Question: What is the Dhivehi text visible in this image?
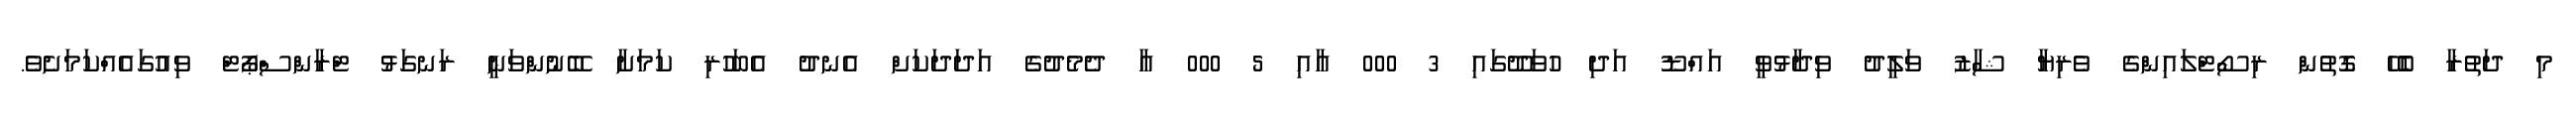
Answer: މި ދަތުރާ ބެހޭ ގޮތުން ރިސޯޓްލައިންގެ ވެރިޔާ ޝާޒު ވަލީދު ވިދާޅުވީ އައްޑޫ އަދި ހުވަދޫގައި 3 000 އާއި 5 000 އާ ދެމެދުގެ އަދަދަކަށް އެނދު އެބަހުރި ކަމަށާ ބޭނުންވަނީ ރަނގަޅު ޓްރާންސްޕޯޓް ވިއުގައެއްކަމަށެވެ.